Report of the Indian Hemp Drugs Commission, 1894-1895 - Volume VII
Year: 1894
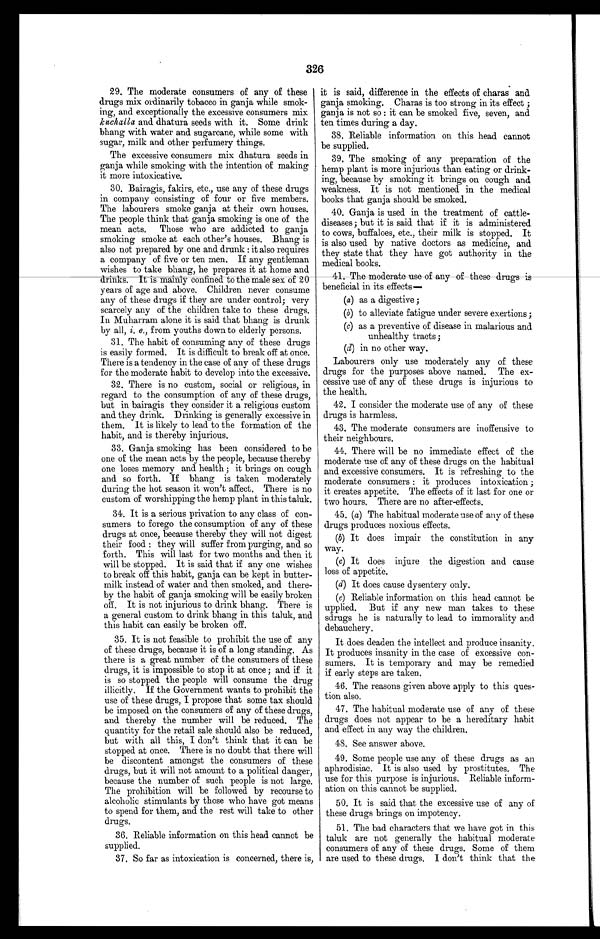
326
29. The moderate consumers of any of these
drugs mix ordinarily tobacco in ganja while smok-
ing, and exceptionally the excessive consumers mix
kuchalla and dhatura seeds with it. Some drink
bhang with water and sugarcane, while some with
sugar, milk and other perfumery things.
The excessive consumers mix dhatura seeds in
ganja while smoking with the intention of making
it more intoxicative.
30. Bairagis, fakirs, etc., use any of these drugs
in company consisting of four or five members.
The labourers smoke ganja at their own houses.
The people think that ganja smoking is one of the
mean acts. Those who are addicted to ganja
smoking smoke at each other's houses. Bhang is
also not prepared by one and drunk : it also requires
a company of five or ten men. If any gentleman
wishes to take bhang, he prepares it at home and
drinks. It is mainly confined to the male sex of 20
years of age and above. Children never consume
any of these drugs if they are under control; very
scarcely any of the children take to these drugs.
In Muharram alone it is said that bhang is drunk
by all, i . e . ,
f r o m y o u t h s d o w n t o e l d e r l y p e r s o n s .
31. The habit of consuming any of these drugs
is easily formed. It is difficult to break off at once.
There is a tendency in the case of any of these drugs
for the moderate habit to develop into the excessive.
32. There is no custom, social or religious, in
regard to the consumption of any of these drugs,
but in bairagis they consider it a religious custom
and they drink. Drinking is generally excessive in
them. It is likely to lead to the formation of the
habit, and is thereby injurious.
33. Ganja smoking has been considered to be
one of the mean acts by the people, because thereby
one loses memory and health ; it brings on cough
and so forth. If bhang is taken moderately
during the hot season it won't affect. There is no
custom of worshipping the hemp plant in this taluk.
34. It is a serious privation to any class of con-
sumers to forego the consumption of any of these
drugs at once, because thereby they will not digest
their food : they will suffer from purging, and so
forth. This will last for two months and then it
will be stopped. It is said that if any one wishes
to break off this habit, ganja can be kept in butter-
milk instead of water and then smoked, and there-
by the habit of ganja smoking will be easily broken
off. It is not injurious to drink bhang. There is
a general custom to drink bhang in this taluk, and
this habit can easily be broken off.
35. It is not feasible to prohibit the use of any
of these drugs, because it is of a long standing. As
there is a great number of the consumers of these
drugs, it is impossible to stop it at once; and if it
is so stopped the people will consume the drug
illicitly. If the Government wants to prohibit the
use of these drugs, I propose that some tax should
be imposed on the consumers of any of these drugs,
and thereby the number will be reduced. The
quantity for the retail sale should also be reduced,
but with all this, I don't think that it can be
stopped at once. There is no doubt that there will
be discontent amongst the consumers of these
drugs, but it will not amount to a political danger,
because the number of such people is not large.
The prohibition will be followed by recourse to
alcoholic stimulants by those who have got means
to spend for them, and the rest will take to other
drugs.
36. Reliable information on this head cannot be
supplied.
37. So far as intoxication is concerned, there is,
it is said, difference in the effects of charm and
ganja smoking. Charas is too strong in its effect ;
ganja is not so : it can be smoked five, seven, and
ten times during a day.
38. Reliable information on this head cannot
be supplied.
39. The smoking of any preparation of the
hemp plant is more injurious than eating or drink-
ing, because by smoking it brings on cough and
weakness. It is not mentioned in the medical
books that ganja should be smoked.
40. Ganja is used in the treatment of cattle-
diseases ; but it is said that if it is administered
to cows, buffaloes, etc., their milk is stopped. It
is also used by native doctors as medicine, and
they state that they have got authority in the
medical books.
4 1 . T h e m o d e r a t e u s e o f a n y o f t h e s e d r u g s i sb
e n e f i c i a l i n i t s e f f e c t s
(a) as a digestive ;
(b) to alleviate fatigue under severe exertions ;
(c) as a preventive of disease in malarious and
unhealthy tracts;
(d) in no other way.
Labourers only use moderately any of these
drugs for the purposes above named. The ex-
cessive use of any of these drugs is injurious to
the health.
42. I consider the moderate use of any of these
drugs is harmless.
43. The moderate consumers are inoffensive to
their neighbours.
44. There will be no immediate effect of the
moderate use of any of these drugs on the habitual
and excessive consumers. It is refreshing to the
moderate consumers : it produces intoxication ;
it creates appetite. The effects of it last for one or
two hours. There are no after-effects.
45. (a) The habitual moderate use of any of these
drugs produces noxious effects.
(b)It does impair the constitution in any
way.
(c)It does injure the digestion and cause
loss of appetite.
(d)It does cause dysentery only.
(e)Reliable information on this head cannot be
upplied. But if any new man takes to these
sdrugs lie is naturally to lead to immorality and
debauchery.
It does deaden the intellect and produce insanity.
It produces insanity in the case of excessive con-
sumers. It is temporary and may be remedied
if early steps are taken.
46. The reasons given above apply to this ques-
tion also.
47. The habitual moderate use of any of these
drugs does not appear to be a hereditary habit
and effect in any way the children.
4S. See answer above.
49. Some people use any of these drugs as an
aphrodisiac. It is also used by prostitutes. The
use for this purpose is injurious. Reliable inform-
ation on this cannot be supplied.
50. It is said that the excessive use of any of
these drugs brings on impotency.
51. The bad characters that we have got in this
taluk are not generally the habitual moderate
consumers of any of these drugs. Some of them
are used to these drugs. I don't think that the